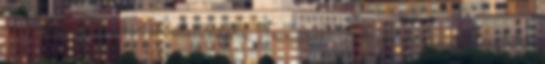
Drucker, Drucker minden napra, Január 11. „A menedzsment területén